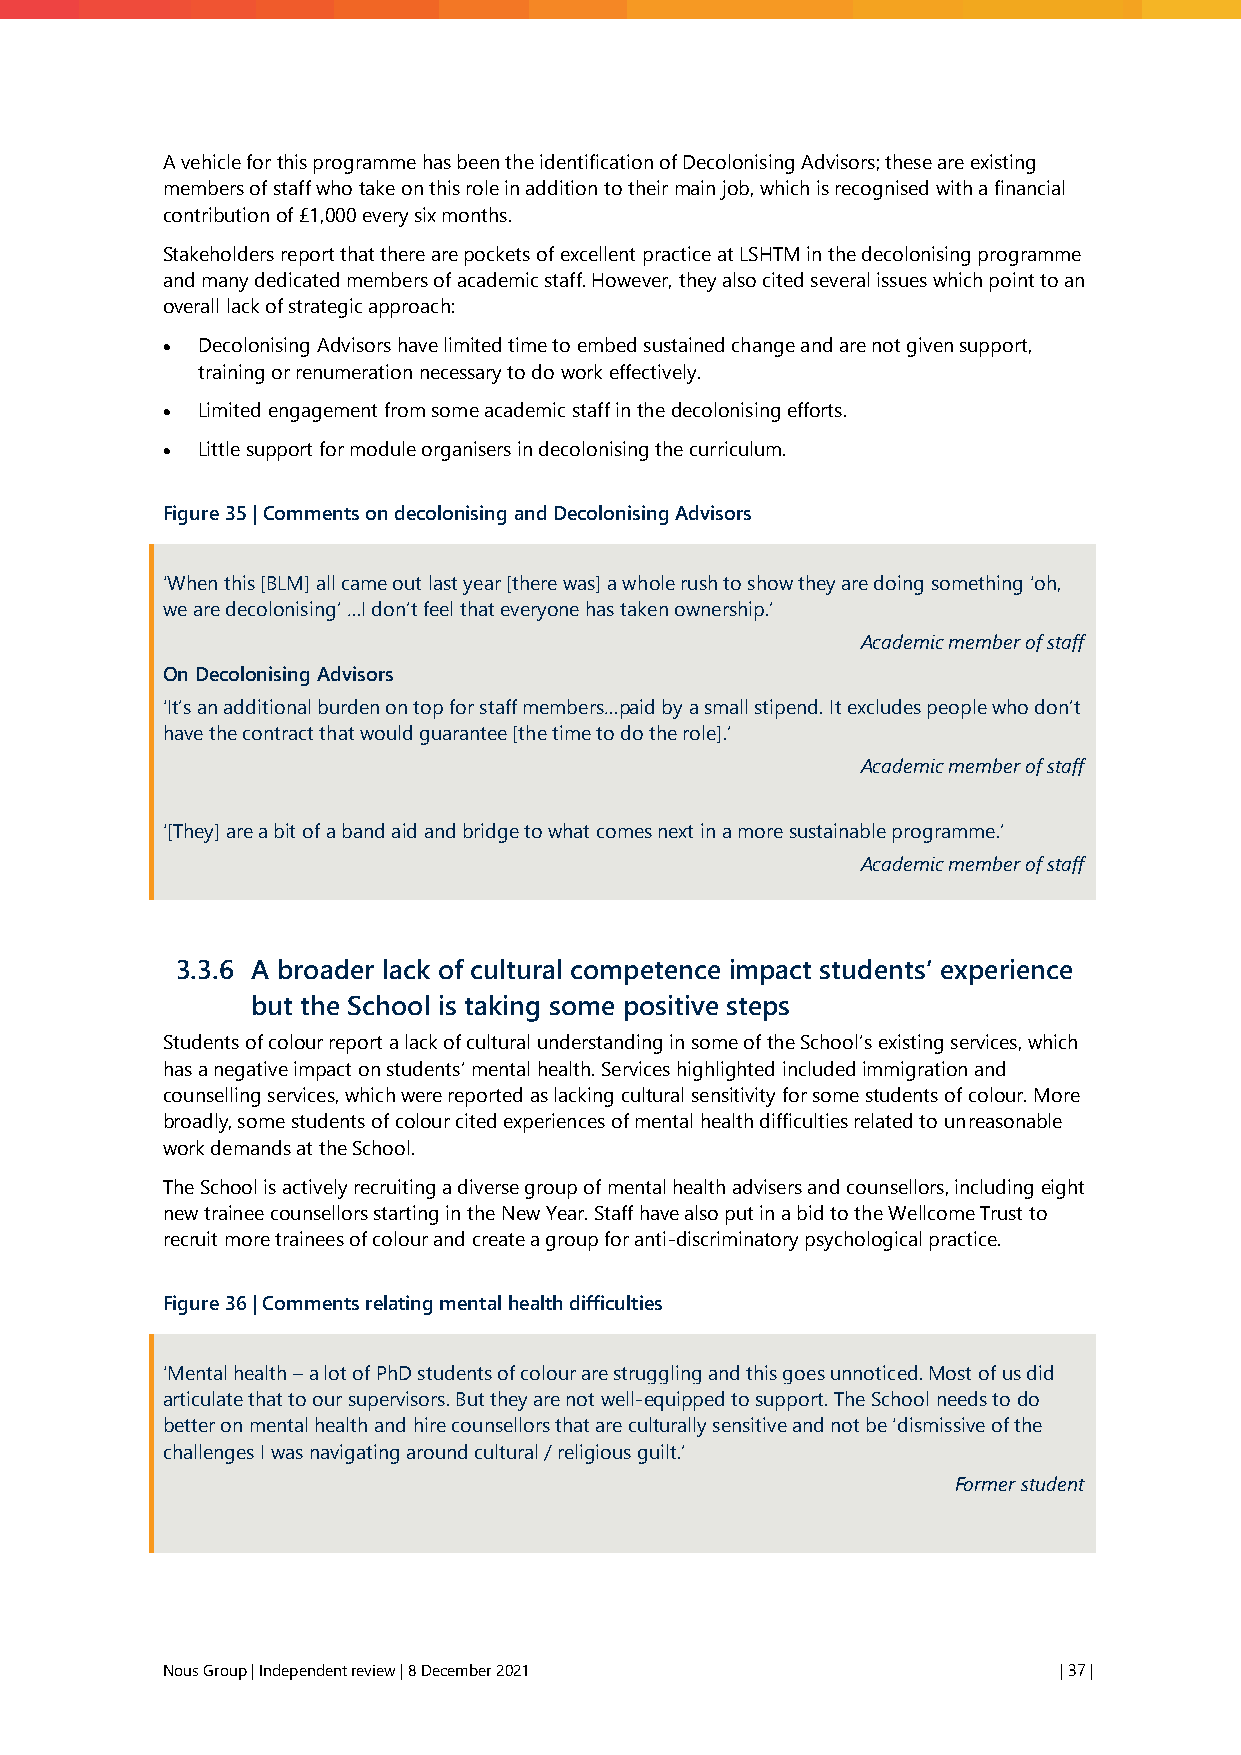
A vehicle for this programme has been the identification of Decolonising Advisors; these are existing
 members of staff who take on this role in addition to their main job, which is recognised with a financial
 contribution of £1,000 every six months.
 Stakeholders report that there are pockets of excellent practice at LSHTM in the decolonising programme
 and many dedicated members of academic staff. However, they also cited several issues which point to an
 overall lack of strategic approach:
 • Decolonising Advisors have limited time to embed sustained change and are not given support,
 training or renumeration necessary to do work effectively.
 • Limited engagement from some academic staff in the decolonising efforts.
 • Little support for module organisers in decolonising the curriculum.
 Figure 35 | Comments on decolonising and Decolonising Advisors
 ‘When this [BLM] all came out last year [there was] a whole rush to show they are doing something ‘oh,
 we are decolonising’ …I don’t feel that everyone has taken ownership.’
 Academic member of staff
 On Decolonising Advisors
 ‘It’s an additional burden on top for staff members…paid by a small stipend. It excludes people who don’t
 have the contract that would guarantee [the time to do the role].’
 Academic member of staff
 ‘[They] are a bit of a band aid and bridge to what comes next in a more sustainable programme.’
 Academic member of staff
 3.3.6 A broader lack of cultural competence impact students’ experience
 but the School is taking some positive steps
 Students of colour report a lack of cultural understanding in some of the School’s existing services, which
 has a negative impact on students’ mental health. Services highlighted included immigration and
 counselling services, which were reported as lacking cultural sensitivity for some students of colour. More
 broadly, some students of colour cited experiences of mental health difficulties related to unreasonable
 work demands at the School.
 The School is actively recruiting a diverse group of mental health advisers and counsellors, including eight
 new trainee counsellors starting in the New Year. Staff have also put in a bid to the Wellcome Trust to
 recruit more trainees of colour and create a group for anti-discriminatory psychological practice.
 Figure 36 | Comments relating mental health difficulties
 ‘Mental health – a lot of PhD students of colour are struggling and this goes unnoticed. Most of us did
 articulate that to our supervisors. But they are not well-equipped to support. The School needs to do
 better on mental health and hire counsellors that are culturally sensitive and not be ‘dismissive of the
 challenges I was navigating around cultural / religious guilt.’
 Former student
 Nous Group | Independent review | 8 December 2021          | 37 |